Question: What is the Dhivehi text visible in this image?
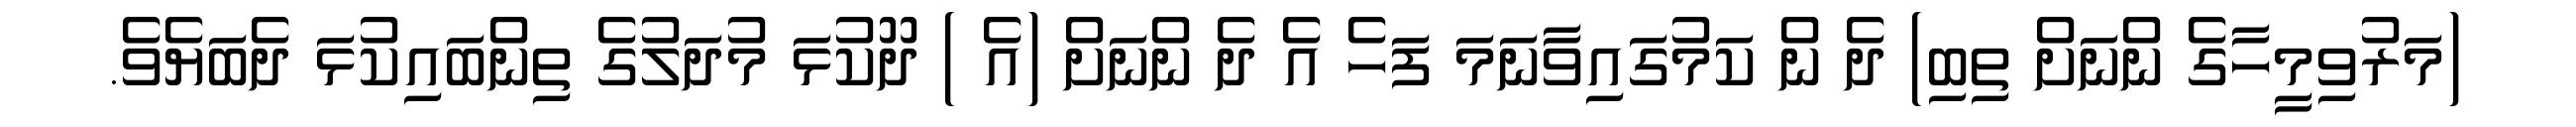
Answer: (މަރުވިމީހާގެ ންނަށް ތިބި) ދެ ން ކަމުގައިވާނަމަ ފަހެ އެ ދެ ންނަށް (އެ ) ދޫކުޅަ މުދަލުގެ ތިންބައިކުޅަ ދެބަޔެވެ.